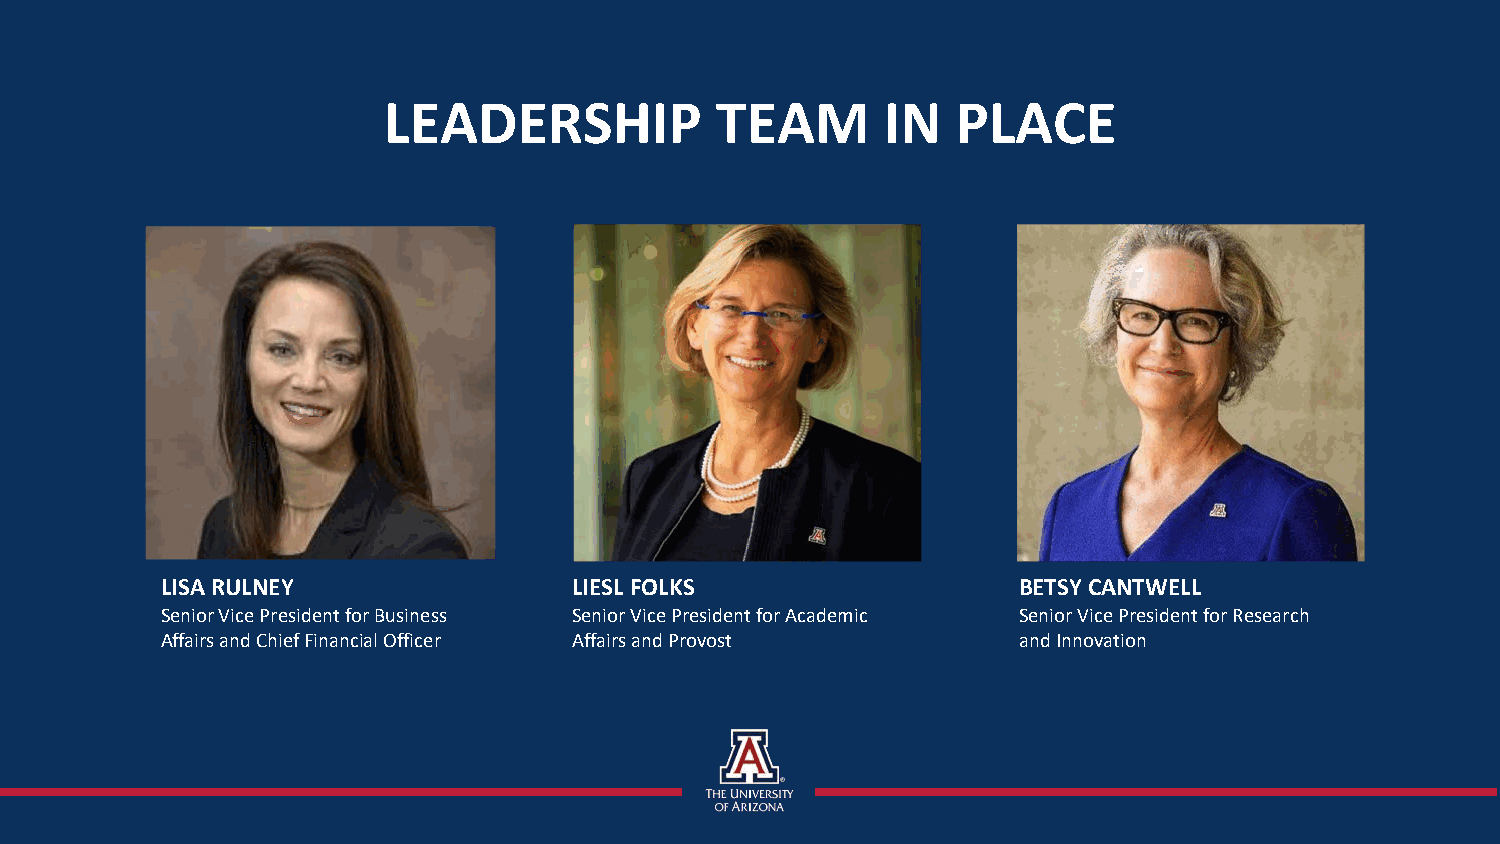
LEADERSHIP            TEAM        IN  PLACE
 LISA RULNEY                LIESL FOLKS                  BETSY CANTWELL
 Senior Vice President for Business Senior Vice President for Academic Senior Vice President for Research
 Affairs and Chief Financial Officer Affairs and Provost and Innovation